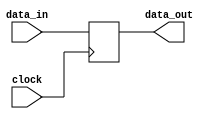
module level_sensitive_latch (
    input wire data_in,
    input wire clock,
    output reg data_out
);

always @(posedge clock)
begin
    data_out <= data_in;
end

endmodule